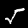
Label: 5